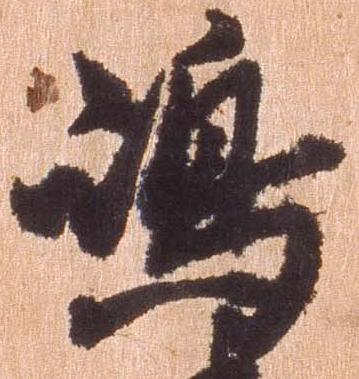
島